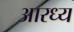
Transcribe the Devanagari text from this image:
आरध्य